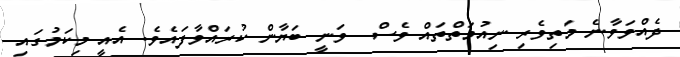
ދެއްވަވާނެ މަތިވެރި ނިއުމަތްތައް ވެސް  ވަނީ ބަޔާން ކުރައްވާފައެވެ. އެއީ މިކަމުގައި